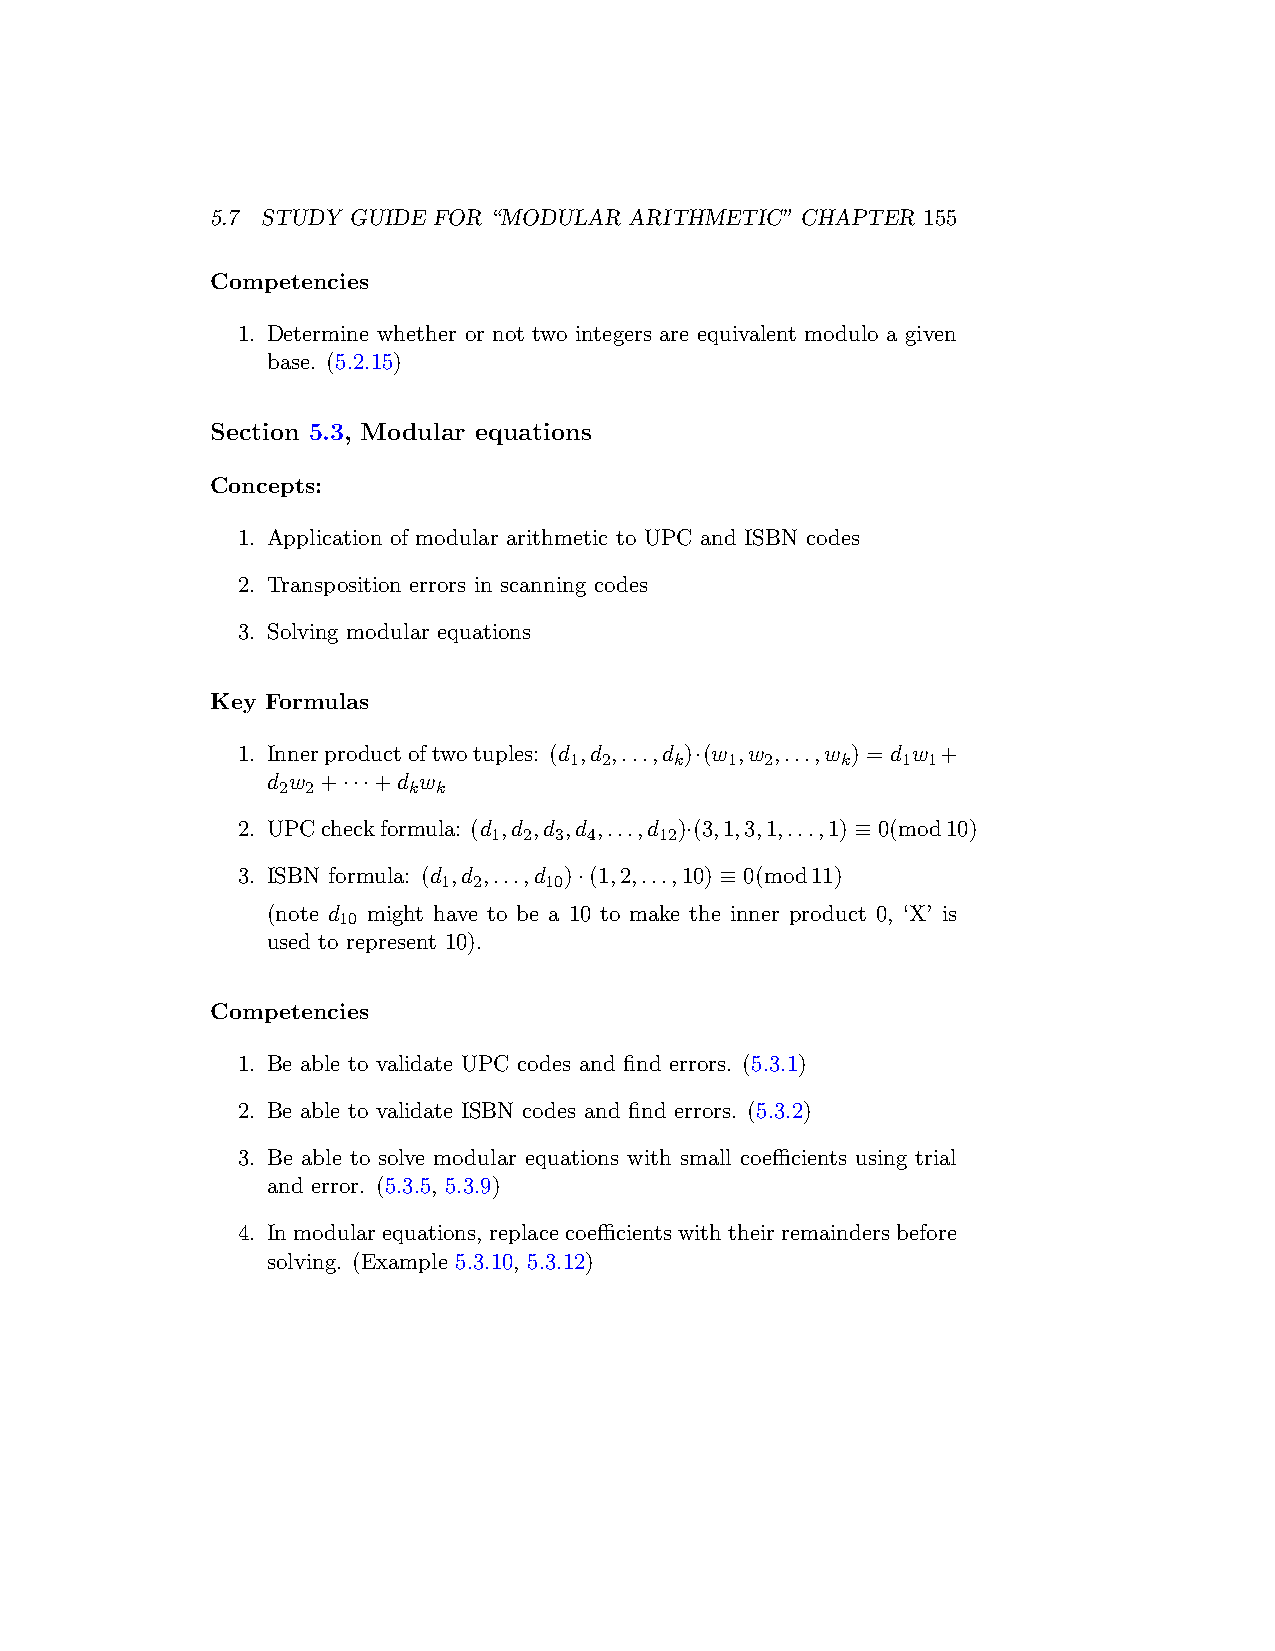
5.7 STUDY GUIDE FOR “MODULAR ARITHMETIC” CHAPTER 155
 Competencies
 1. Determine whether or not two integers are equivalent modulo a given
 base. (5.2.15)
 Section 5.3, Modular equations
 Concepts:
 1. Application of modular arithmetic to UPC and ISBN codes
 2. Transposition errors in scanning codes
 3. Solving modular equations
 Key Formulas
 1. Innerproductoftwotuples: (d ,d ,...,d )·(w ,w ,...,w ) = d w +
 1 2    k  1  2    k   1 1
 d w +···+d w
 2 2      k k
 2. UPCcheckformula: (d ,d ,d ,d ,...,d )·(3,1,3,1,...,1) ≡ 0(mod10)
 1 2 3 4    12
 3. ISBN formula: (d ,d ,...,d )·(1,2,...,10) ≡ 0(mod11)
 1 2    10
 (note d might have to be a 10 to make the inner product 0, ‘X’ is
 10
 used to represent 10).
 Competencies
 1. Be able to validate UPC codes and find errors. (5.3.1)
 2. Be able to validate ISBN codes and find errors. (5.3.2)
 3. Be able to solve modular equations with small coefficients using trial
 and error. (5.3.5, 5.3.9)
 4. Inmodularequations, replacecoefficientswiththeirremaindersbefore
 solving. (Example 5.3.10, 5.3.12)